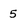
Character: 5